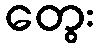
တွေး